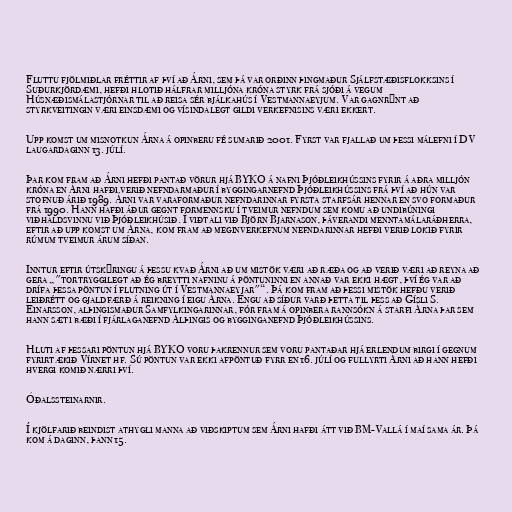
Fluttu fjölmiðlar fréttir af því að Árni, sem þá var orðinn þingmaður Sjálfstæðisflokksins í
Suðurkjördæmi, hefði hlotið hálfrar milljóna króna styrk frá sjóði á vegum
Húsnæðismálastjórnar til að reisa sér bjálkahús í Vestmannaeyjum. Var gagnrýnt að
styrkveitingin væri einsdæmi og vísindalegt gildi verkefnisins væri ekkert.

Upp komst um misnotkun Árna á opinberu fé sumarið 2001. Fyrst var fjallað um þessi málefni í DV
laugardaginn 13. júlí.

Þar kom fram að Árni hefði pantað vörur hjá BYKO á nafni Þjóðleikhússins fyrir á aðra milljón
króna en Árni hafði verið nefndarmaður í byggingarnefnd Þjóðleikhússins frá því að hún var
stofnuð árið 1989. Árni var varaformaður nefndarinnar fyrsta starfsár hennar en svo formaður
frá 1990. Hann hafði áður gegnt formennsku í tveimur nefndum sem komu að undibúningi
viðhaldsvinnu við Þjóðleikhúsið. Í viðtali við Björn Bjarnason, þáverandi menntamálaráðherra,
eftir að upp komst um Árna, kom fram að meginverkefnum nefndarinnar hefði verið lokið fyrir
rúmum tveimur árum síðan.

Inntur eftir útskýringu á þessu kvað Árni að um mistök væri að ræða og að verið væri að reyna að
gera „"tortryggilegt að ég breytti nafninu á pöntuninni en annað var ekki hægt, því ég var að
drífa þessa pöntun í flutning út í Vestmannaeyjar"“. Þá kom fram að þessi mistök hefðu verið
leiðrétt og gjaldfærð á reikning í eigu Árna. Engu að síður varð þetta til þess að Gísli S.
Einarsson, alþingismaður Samfylkingarinnar, fór fram á opinbera rannsókn á starfi Árna þar sem
hann sæti bæði í fjárlaganefnd Alþingis og bygginganefnd Þjóðleikhússins.

Hluti af þessari pöntun hjá BYKO voru þakrennur sem voru pantaðar hjá erlendum birgi í gegnum
fyrirtækið Vírnet hf. Sú pöntun var ekki afpöntuð fyrr en 16. júlí og fullyrti Árni að hann hefði
hvergi komið nærri því.

Óðalssteinarnir.

Í kjölfarið beindist athygli manna að viðskiptum sem Árni hafði átt við BM-Vallá í maí sama ár. Þá
kom á daginn, þann 15.